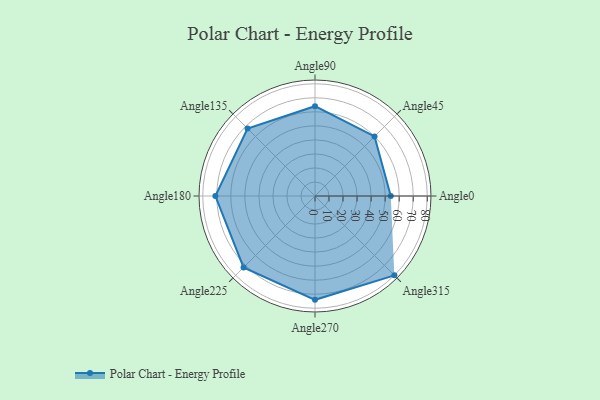
{"axis": {"x": "Angle", "y": "Radius"}, "legend": [""], "data": [{"x": "Angle0", "y": 54.0, "type": ""}, {"x": "Angle45", "y": 60.0, "type": ""}, {"x": "Angle90", "y": 64.0, "type": ""}, {"x": "Angle135", "y": 68.0, "type": ""}, {"x": "Angle180", "y": 71.0, "type": ""}, {"x": "Angle225", "y": 72.0, "type": ""}, {"x": "Angle270", "y": 74.0, "type": ""}, {"x": "Angle315", "y": 80.0, "type": ""}]}